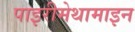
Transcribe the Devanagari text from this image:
पाइरीमेथामाइन